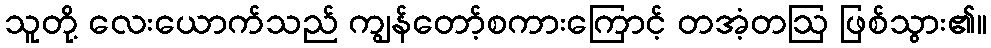
သူတို့ လေးယောက်သည် ကျွန်တော့်စကားကြောင့် တအံ့တဩ ဖြစ်သွား၏။